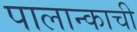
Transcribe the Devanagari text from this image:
पालान्काची